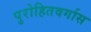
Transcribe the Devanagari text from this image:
पुरोहितवर्गास